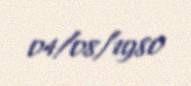
04/08/1980